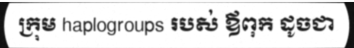
ក្រុម haplogroups របស់ ឪពុក ដូចជា